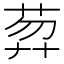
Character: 𦲇